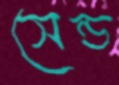
সেন্ড